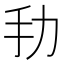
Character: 劧